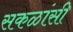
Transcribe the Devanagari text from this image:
सकळांसी